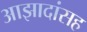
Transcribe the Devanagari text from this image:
आझादांसह